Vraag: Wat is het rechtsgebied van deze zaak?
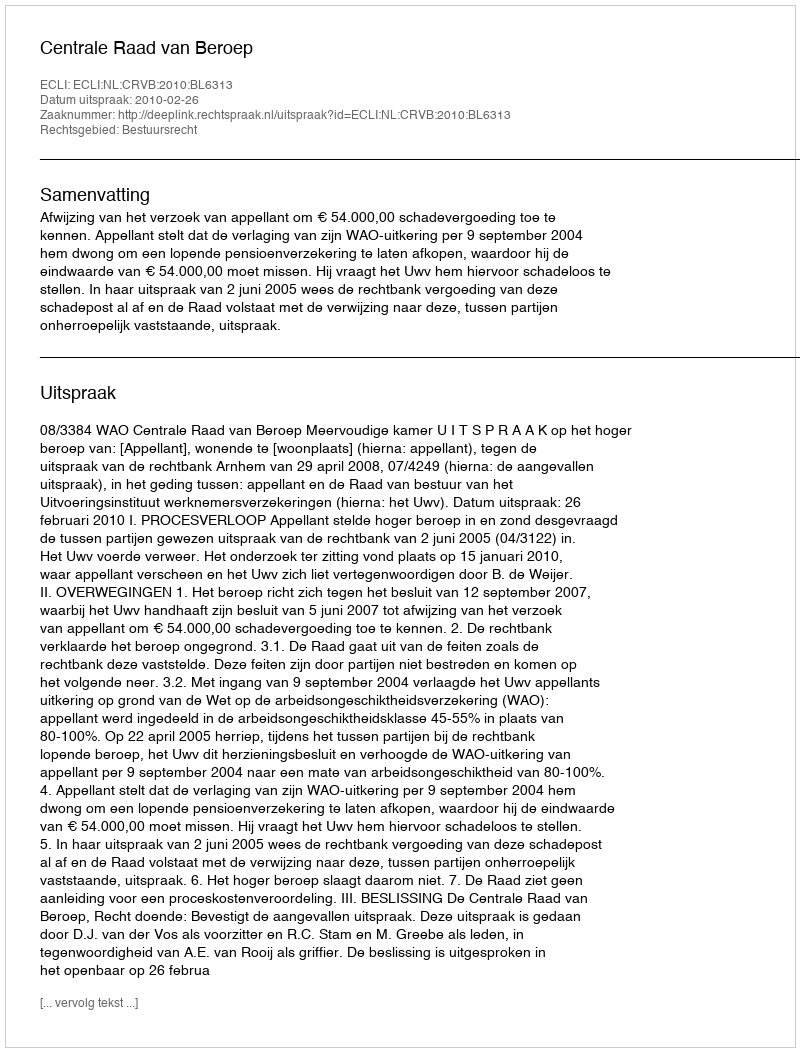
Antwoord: Bestuursrecht